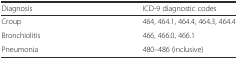
| Diagnosis | ICD-9 diagnostic codes |
 | --- | --- |
 | Croup | 464, 464.1, 464.4, 464.3, 464.4 |
 | Bronchiolitis | 466, 466.0, 466.1 |
 | Pneumonia | 480–486 (inclusive) |